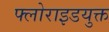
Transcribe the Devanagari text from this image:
फ्लोराइडयुक्त